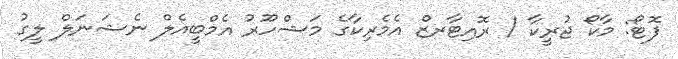
ފޮޓޯ: މާކޯ ޖުރީކާ / ރޮއިޓާރޒް އެމެރިކާގެ މަޝްހޫރު އެމްބީއެލް ނެޝަނަލް ލީގު